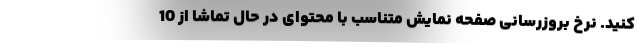
کنید. نرخ بروزرسانی صفحه نمایش متناسب با محتوای در حال تماشا از 10